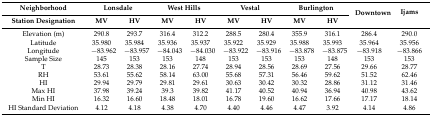
<table><thead><tr><td><b>Neighborhood</b></td><td colspan="2"><b>Lonsdale</b></td><td colspan="2"><b>West Hills</b></td><td colspan="2"><b>Vestal</b></td><td colspan="2"><b>Burlington</b></td><td rowspan="2"><b>Downtown</b></td><td rowspan="2"><b>Ijams</b></td></tr><tr><td><b>Station Designation</b></td><td><b>MV</b></td><td><b>HV</b></td><td><b>MV</b></td><td><b>HV</b></td><td><b>MV</b></td><td><b>HV</b></td><td><b>MV</b></td><td><b>HV</b></td></tr></thead><tbody><tr><td>Elevation (m)</td><td>290.8</td><td>293.7</td><td>316.4</td><td>312.2</td><td>288.5</td><td>280.4</td><td>355.9</td><td>316.1</td><td>286.4</td><td>290.0</td></tr><tr><td>Latitude</td><td>35.980</td><td>35.984</td><td>35.936</td><td>35.937</td><td>35.922</td><td>35.929</td><td>35.988</td><td>35.993</td><td>35.964</td><td>35.956</td></tr><tr><td>Longitude</td><td>−83.962</td><td>−83.957</td><td>−84.043</td><td>−84.030</td><td>−83.922</td><td>−83.916</td><td>−83.878</td><td>−83.875</td><td>−83.918</td><td>−83.866</td></tr><tr><td>Sample Size</td><td>145</td><td>153</td><td>153</td><td>148</td><td>153</td><td>153</td><td>153</td><td>148</td><td>153</td><td>153</td></tr><tr><td>T</td><td>28.73</td><td>28.38</td><td>28.16</td><td>27.74</td><td>28.94</td><td>28.56</td><td>28.69</td><td>27.56</td><td>29.66</td><td>28.77</td></tr><tr><td>RH</td><td>53.61</td><td>55.62</td><td>58.14</td><td>63.00</td><td>55.68</td><td>57.31</td><td>56.46</td><td>59.62</td><td>51.52</td><td>62.46</td></tr><tr><td>HI</td><td>29.94</td><td>29.79</td><td>29.81</td><td>29.61</td><td>30.63</td><td>30.42</td><td>30.32</td><td>28.86</td><td>31.12</td><td>31.46</td></tr><tr><td>Max HI</td><td>37.98</td><td>39.24</td><td>39.3</td><td>39.82</td><td>41.17</td><td>40.52</td><td>40.94</td><td>36.94</td><td>40.98</td><td>43.62</td></tr><tr><td>Min HI</td><td>16.32</td><td>16.60</td><td>18.48</td><td>18.01</td><td>16.78</td><td>19.60</td><td>16.62</td><td>17.66</td><td>17.17</td><td>18.14</td></tr><tr><td>HI Standard Deviation</td><td>4.12</td><td>4.18</td><td>4.38</td><td>4.70</td><td>4.40</td><td>4.46</td><td>4.47</td><td>3.92</td><td>4.14</td><td>4.86</td></tr></tbody></table>